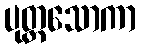
ပုတ္တသောကာ